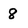
Character: 8